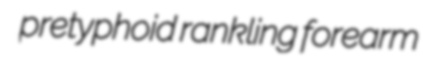
pretyphoid rankling forearm